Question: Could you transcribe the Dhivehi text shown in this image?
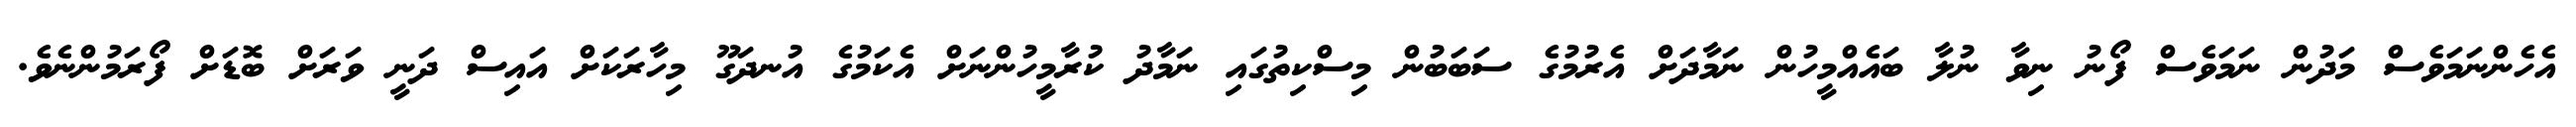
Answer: އެހެންނަމަވެސް މަދުން ނަމަވެސް ފޯނު ނިވާ ނުލާ ބައެއްމީހުން ނަމާދަށް އެރުމުގެ ސަބަބުން މިސްކިތުގައި ނަމާދު ކުރާމީހުންނަށް އެކަމުގެ އުނދަގޫ މިހާރަކަށް އައިސް ދަނީ ވަރަށް ބޮޑަށް ފޯރަމުންނެވެ.